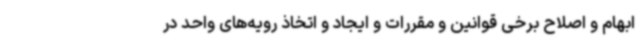
ابهام و اصلاح برخی قوانین و مقررات و ایجاد و اتخاذ رویه‌های واحد در